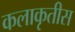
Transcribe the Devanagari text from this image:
कलाकृतीस